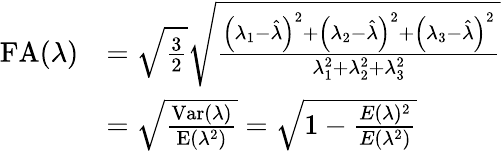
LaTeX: \begin{array}{rl}{\mathrm{FA}(\lambda)}&{=\sqrt{\frac{3}{2}}\sqrt{\frac{\left(\lambda_{1}-\hat{\lambda}\right)^{2}+\left(\lambda_{2}-\hat{\lambda}\right)^{2}+\left(\lambda_{3}-\hat{\lambda}\right)^{2}}{\lambda_{1}^{2}+\lambda_{2}^{2}+\lambda_{3}^{2}}}}\\ &{=\sqrt{\frac{\mathrm{Var}(\lambda)}{\mathrm{E}\left(\lambda^{2}\right)}}=\sqrt{1-\frac{E(\lambda)^{2}}{E(\lambda^{2})}}}\end{array}